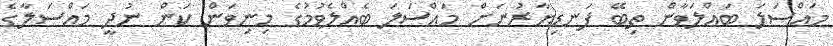
މައްސަލަ ބައްލަވާން ތިބޭ ފަނޑިޔާރުނަށް މައްސަލަ ބެއްލެވުމުގެ މިނިވަން ކަން ނުދީ މައްސަލާގެ